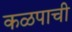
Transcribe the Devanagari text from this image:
कळपाची